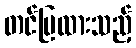
တင်ပြထားသည့်